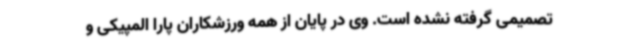
تصمیمی گرفته نشده است. وی در پایان از همه ورزشکاران پارا المپیکی و